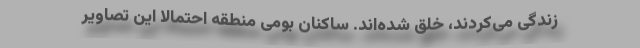
زندگی می‌کردند، خلق شده‌اند. ساکنان بومی منطقه احتمالا این تصاویر